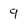
Character: 9